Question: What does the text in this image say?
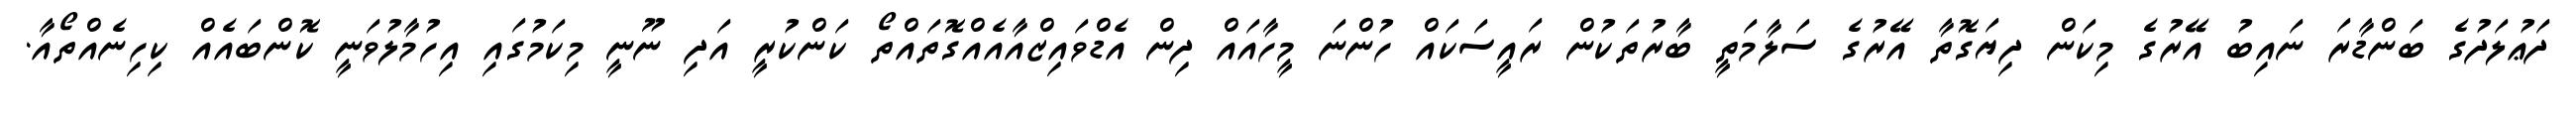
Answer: ދަޢުލަދުގެ ބަންޑާރަ ނައިބު އޭރުގެ މިކަން ދިޔަގޮތާ އޭރުގެ ސަލާމަތީ ބާރުތަކުން ރައީސަކައް ހުންނަ މީހާއައް ދިން އެޑްވައިޒްއާއެއްގޮތައްތޯ ކަންކުރީ އަދި ނޫނީ މިކަމުގައި އިހުމާލުވަނީ ކޮންބައެއް ކިހިނެއްތޯއާ.